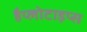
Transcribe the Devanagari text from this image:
हैप्लोटाइप्स